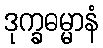
ဒုက္ခဓမ္မာနံ